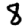
Digit: 8